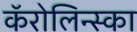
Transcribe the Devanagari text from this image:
कॅरोलिन्स्का